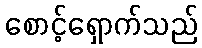
စောင့်ရှောက်သည်